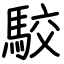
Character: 駮